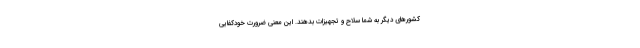
کشورهای دیگر به شما سلاح و تجهیزات بدهند. این معنی ضرورت خودکفایی